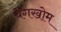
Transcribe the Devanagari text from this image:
येंगखोम